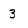
Character: 3